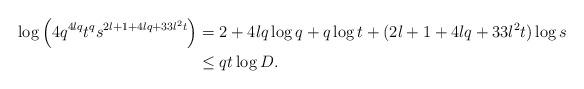
LaTeX: \begin{align*}\log \left(4q^{4lq}t^{q}s^{2l+1+4lq+33l^2t}\right)&=2+4lq\log q+q\log t+(2l+1+4lq+33l^2t)\log s\\&\le qt\log D.\end{align*}